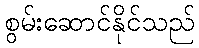
စွမ်းဆောင်နိုင်သည်